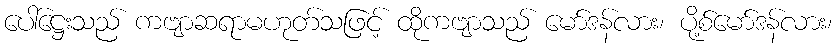
ပေါ်ဋ္ဌေးသည် ကဗျာဆရာမဟုတ်သဖြင့် ထိုကဗျာသည် မော်ဒန်လား၊ ပို့စ်မော်ဒန်လား၊